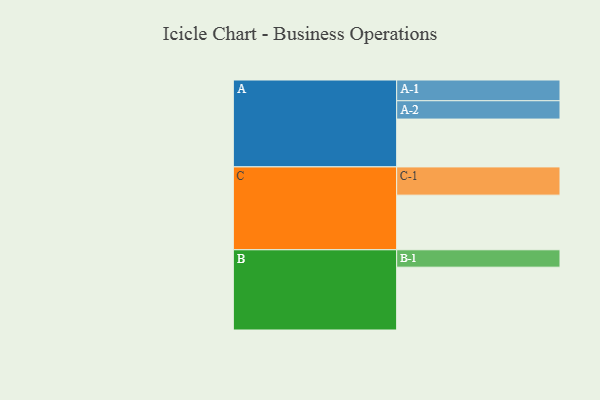
{"axis": {"x": "Segment", "y": "Value"}, "legend": ["", "A", "B", "C"], "data": [{"x": "A", "y": 415, "type": ""}, {"x": "B", "y": 545, "type": ""}, {"x": "C", "y": 474, "type": ""}, {"x": "A-1", "y": 180, "type": "A"}, {"x": "A-2", "y": 159, "type": "A"}, {"x": "B-1", "y": 151, "type": "B"}, {"x": "C-1", "y": 245, "type": "C"}]}